Annual administration report of the Civil Veterinary Department of India - 1893-1894
Year: 1893
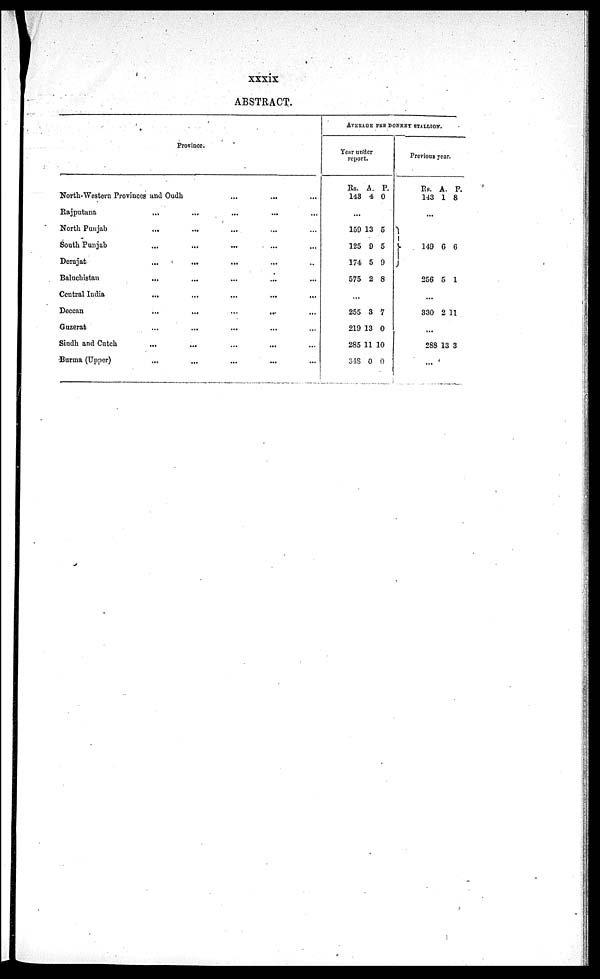
xxxix
ABSTRACT.
Province.
North-Western Provinces and Oudh ... ... ...
Rajputana ... ... ... ... ...
North Panjab ... ... ... ... ...
South Punjab ... ... ... ... ...
Derajat ... ... ... ... ...
Baluchistan ... ... ... ... ...
Central India ... ... ... ... ...
Deccan ... ... ... ... ...
Guzerat ... ... ... ... ...
Sindh and Cutch ... ... ... ... ...
Burma (Upper) ... ... ... ... ...
AVERAGE PER DONKEY STALLION.
Year under
report.
Rs.
143
A.
4
P.
0
...
159
125
174
575
13
9
5
2
5
5
9
8
...
255
219
285
348
3
13
11
0
7
0
10
0
Previous
year.
Rs.
143
A.
1
P.
8
...
149
256
6
5
6
1
...
330 2 11
...
288 13 3
...